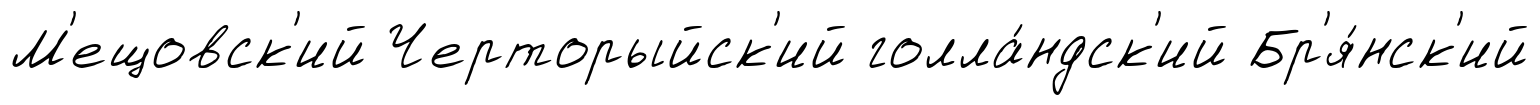
М'ещовск'ий Черторыйск'ий голла́ндск'ий Бр'я́нск'ий